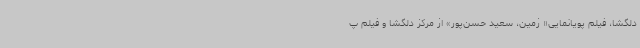
دلگشا، فیلم پویانمایی« زمین، سعید حسن‌پور» از مرکز دلگشا و فیلم پ